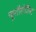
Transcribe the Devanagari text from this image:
न्यूरॉलोजिस्ट